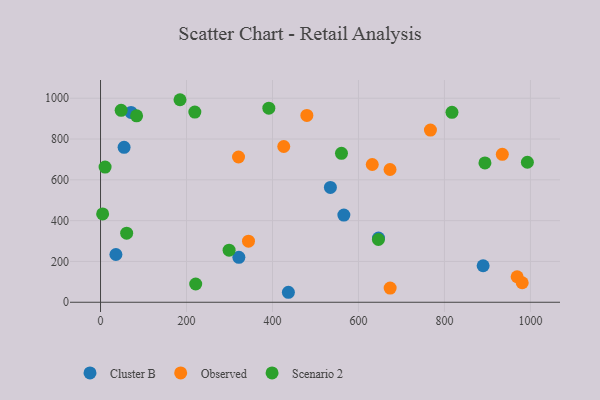
{"axis": {"x": "Study Hours", "y": "Sales"}, "legend": ["Cluster B", "Observed", "Scenario 2"], "data": [{"x": "71.0", "y": 930.6, "type": "Cluster B"}, {"x": "890.0", "y": 179.0, "type": "Cluster B"}, {"x": "437.0", "y": 48.9, "type": "Cluster B"}, {"x": "321.8", "y": 220.4, "type": "Cluster B"}, {"x": "646.6", "y": 314.7, "type": "Cluster B"}, {"x": "35.8", "y": 234.0, "type": "Cluster B"}, {"x": "534.7", "y": 562.6, "type": "Cluster B"}, {"x": "54.8", "y": 759.4, "type": "Cluster B"}, {"x": "566.0", "y": 427.4, "type": "Cluster B"}, {"x": "426.2", "y": 763.5, "type": "Observed"}, {"x": "321.0", "y": 711.9, "type": "Observed"}, {"x": "480.0", "y": 915.8, "type": "Observed"}, {"x": "767.4", "y": 843.9, "type": "Observed"}, {"x": "969.1", "y": 125.1, "type": "Observed"}, {"x": "632.1", "y": 675.2, "type": "Observed"}, {"x": "344.2", "y": 299.3, "type": "Observed"}, {"x": "934.6", "y": 725.0, "type": "Observed"}, {"x": "673.7", "y": 69.5, "type": "Observed"}, {"x": "673.4", "y": 650.8, "type": "Observed"}, {"x": "980.9", "y": 95.7, "type": "Observed"}, {"x": "560.5", "y": 730.0, "type": "Scenario 2"}, {"x": "894.2", "y": 683.0, "type": "Scenario 2"}, {"x": "4.9", "y": 433.0, "type": "Scenario 2"}, {"x": "992.9", "y": 686.2, "type": "Scenario 2"}, {"x": "83.9", "y": 913.8, "type": "Scenario 2"}, {"x": "221.4", "y": 89.4, "type": "Scenario 2"}, {"x": "299.1", "y": 255.5, "type": "Scenario 2"}, {"x": "10.6", "y": 662.4, "type": "Scenario 2"}, {"x": "817.5", "y": 930.9, "type": "Scenario 2"}, {"x": "391.5", "y": 951.2, "type": "Scenario 2"}, {"x": "60.8", "y": 338.6, "type": "Scenario 2"}, {"x": "184.9", "y": 992.7, "type": "Scenario 2"}, {"x": "646.4", "y": 307.5, "type": "Scenario 2"}, {"x": "48.0", "y": 940.7, "type": "Scenario 2"}, {"x": "219.4", "y": 932.1, "type": "Scenario 2"}]}